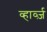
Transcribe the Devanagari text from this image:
व्हार्व्ज़